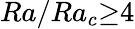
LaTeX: Ra/Ra_{c}{\ge}4